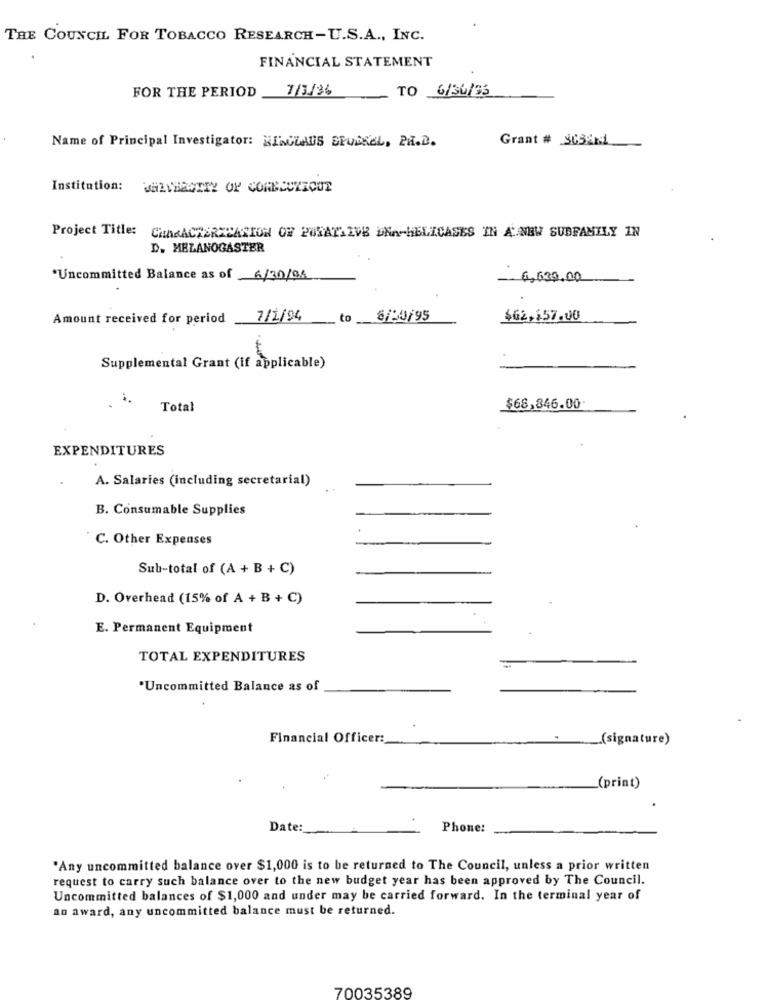
THE COUNCIL FOR TOBACCO RESEARCH-U.S.A ., INC.
FINANCIAL STATEMENT
FOR THE PERIOD
7/3/36
TO 6/36/35
Grant # 8052K1
Name of Principal Investigator: KINGLAUS SPUGREL, PH.D.
Institution: MHZTHECITY OF CORNECRICUT
Project Title: CHARACTERIZATION OF PORATLIVE DNA HELICASES IN A NEW SUBFAMILY IN
D. MELANOGASTER
"Uncommitted Balance as of 6/30/96
6,630.00
Amount received for period
7/1/94
to
8/50/95
$62,157.00
Supplemental Grant (if applicable)
.
Total
$68,846.00
EXPENDITURES
A. Salaries (including secretarial)
B. Consumable Supplies
C. Other Expenses
Sub-total of (A + B + C)
D. Overhead (15% of A + B + C)
E. Permanent Equipment
TOTAL EXPENDITURES
*Uncommitted Balance as of
Financial Officer:
_(signature)
_(print)
Date:
Phone:
"Any uncommitted balance over $1,000 is to be returned to The Council, unless a prior written
request to carry such balance over to the new budget year has been approved by The Council.
Uncommitted balances of $1,000 and under may be carried forward. In the terminal year of
an award, any uncommitted balance must be returned.
70035389